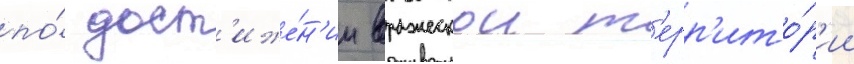
по́ дост'иже́н'ии вражескои т'ерр'ито́р'ии